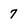
Character: 7